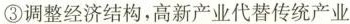
③调整经济结构，高新产业代替传统产业